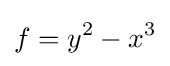
f=y^{2}-x^{3}